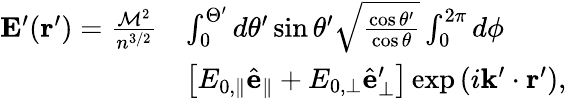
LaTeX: \begin{array}{rl}{\mathbf{E}^{\prime}(\mathbf{r}^{\prime})=\frac{\mathcal{M}^{2}}{n^{3/2}}}&{\int_{0}^{\Theta^{\prime}}d\theta^{\prime}\sin\theta^{\prime}\sqrt{\frac{\cos\theta^{\prime}}{\cos\theta}}\int_{0}^{2\pi}d\phi}\\ &{\left[E_{0,\parallel}\hat{\mathbf{e}}_{\parallel}+E_{0,\perp}\hat{\mathbf{e}}_{\perp}^{\prime}\right]\exp\left(i\mathbf{k}^{\prime}\cdot\mathbf{r}^{\prime}\right),}\end{array}